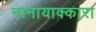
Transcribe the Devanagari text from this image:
नानायाक्कारा